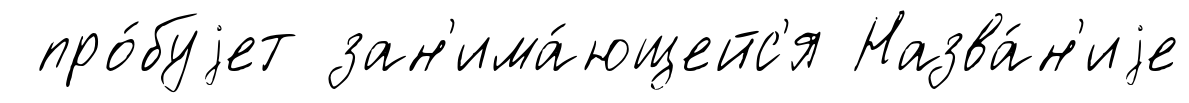
про́буjет зан'има́ющейс'я Назва́н'иjе